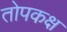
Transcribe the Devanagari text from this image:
तोपकक्ष